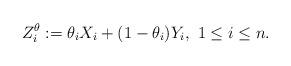
LaTeX: \begin{align*}Z_{i}^{\theta}:=\theta_{i}X_{i}+(1-\theta_{i})Y_{i},~1\leq i\leq n.\end{align*}